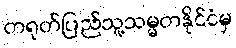
တရုတ်ပြည်သူ့သမ္မတနိုင်ငံမှ